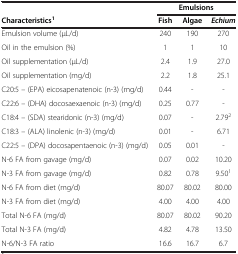
<table><thead><tr><td><b> </b></td><td colspan="3"><b>Emulsions</b></td></tr><tr><td><b>Characteristics<sup>1</sup></b></td><td><b>Fish</b></td><td><b>Algae</b></td><td><b><i>Echium</i></b></td></tr></thead><tbody><tr><td>Emulsion volume (μL/d)</td><td>240</td><td>190</td><td>270</td></tr><tr><td>Oil in the emulsion (%)</td><td>1</td><td>1</td><td>10</td></tr><tr><td>Oil supplementation (μL/d)</td><td>2.4</td><td>1.9</td><td>27.0</td></tr><tr><td>Oil supplementation (mg/d)</td><td>2.2</td><td>1.8</td><td>25.1</td></tr><tr><td>C20:5 – (EPA) eicosapenatenoic (n-3) (mg/d)</td><td>0.44</td><td>-</td><td>-</td></tr><tr><td>C22:6 – (DHA) docosaexaenoic (n-3) (mg/d)</td><td>0.25</td><td>0.77</td><td>-</td></tr><tr><td>C18:4 – (SDA) stearidonic (n-3) (mg/d)</td><td>0.07</td><td>-</td><td>2.79<sup>2</sup></td></tr><tr><td>C18:3 – (ALA) linolenic (n-3) (mg/d)</td><td>0.01</td><td>-</td><td>6.71</td></tr><tr><td>C22:5 – (DPA) docosapentaenoic (n-3) (mg/d)</td><td>0.05</td><td>0.01</td><td>-</td></tr><tr><td>N-6 FA from gavage (mg/d)</td><td>0.07</td><td>0.02</td><td>10.20</td></tr><tr><td>N-3 FA from gavage (mg/d)</td><td>0.82</td><td>0.78</td><td>9.50<sup>1</sup></td></tr><tr><td>N-6 FA from diet (mg/d)</td><td>80.07</td><td>80.02</td><td>80.00</td></tr><tr><td>N-3 FA from diet (mg/d)</td><td>4.00</td><td>4.00</td><td>4.00</td></tr><tr><td>Total N-6 FA (mg/d)</td><td>80.07</td><td>80.02</td><td>90.20</td></tr><tr><td>Total N-3 FA (mg/d)</td><td>4.82</td><td>4.78</td><td>13.50</td></tr><tr><td>N-6/N-3 FA ratio</td><td>16.6</td><td>16.7</td><td>6.7</td></tr></tbody></table>